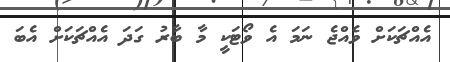
އެއްޗަކަށް ވެއްޖެ ނަމަ އެ ވޯޓަކީ މާ ބާރު ގަދަ އެއްޗަކަށް އެބަ